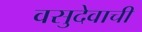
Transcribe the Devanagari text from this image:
वसुदेवाची